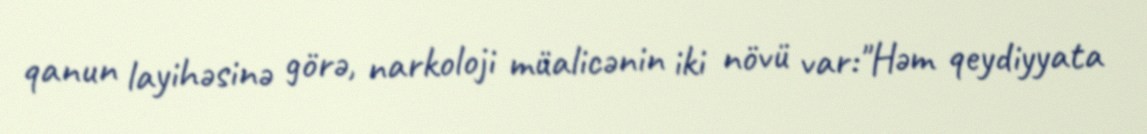
qanun layihəsinə görə, narkoloji müalicənin iki növü var:"Həm qeydiyyata